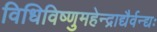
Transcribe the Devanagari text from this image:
विधिविष्णुमहेन्द्राद्यैर्वन्द्यः